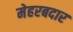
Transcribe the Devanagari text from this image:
मेहरबदार